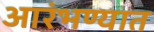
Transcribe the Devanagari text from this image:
आरंभण्यात